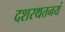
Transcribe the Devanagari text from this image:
दशरथतनयं